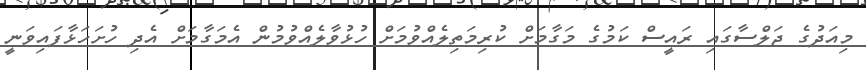
މިއަދުގެ ޖަލްސާގައި ރައީސް ކަމުގެ މަގާމަށް ކުރިމަތިލެއްވުމަށް ހުޅުވާލެއްވުމުން އެމަގާމަށް އެދި ހުށަހަޅާފައިވަނީ